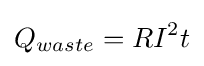
Q_{waste}=RI^{2}t